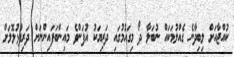
ކުއްޖާއަށް ލިބިދާނެ ގެއްލުމަކައް ނުބަލާ ދޯ މިގައުމުގައި ދަރިޔަކު އުފަންވެ މައިންބަފައިންނަށް ދަރިފުޅުލޮލަށް